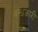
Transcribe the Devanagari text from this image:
बन्धकारी